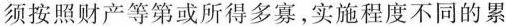
须按照财产等第或所得多寡，实施程度不同的累